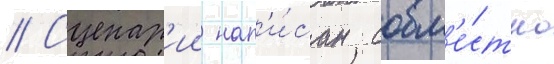
// Сценар'ии нап'и́сан совм'е́стно